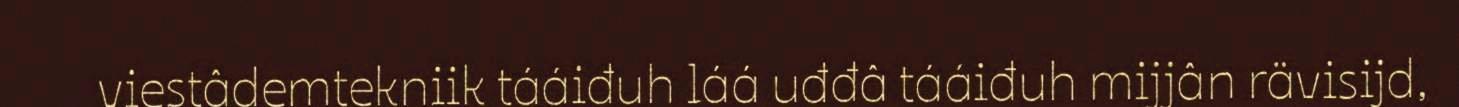
viestâdemtekniik tááiđuh láá uđđâ tááiđuh mijjân rävisijd,